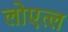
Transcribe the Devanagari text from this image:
लोएत्ल